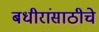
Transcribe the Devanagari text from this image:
बधीरांसाठीचे